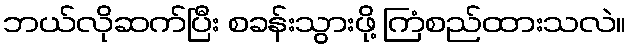
ဘယ်လိုဆက်ပြီး စခန်းသွားဖို့ ကြံစည်ထားသလဲ။